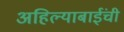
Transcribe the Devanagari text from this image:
अहिल्याबाईंची